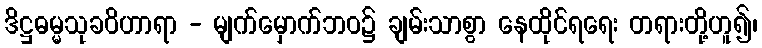
ဒိဋ္ဌဓမ္မသုခဝိဟာရာ - မျက်မှောက်ဘဝ၌ ချမ်းသာစွာ နေထိုင်ရရေး တရားတို့ဟူ၍၊